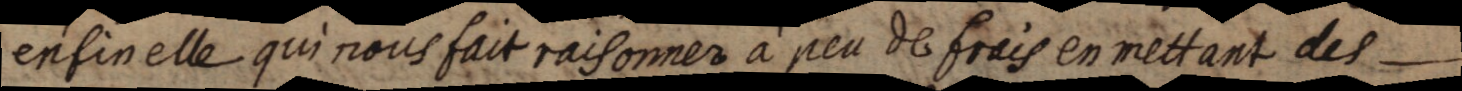
enfin elle qui nous fait raisonner à peu de frais en mettant des